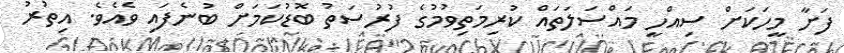
ފަށާ މީހަކަށް ސިއްހީ މައްސަލަތައް ކުރިމަތިވުމުގެ ފުރުސަތު ބޮޑުކަމަށް ބުނެފައި ވެއެވެ. އިތުރު